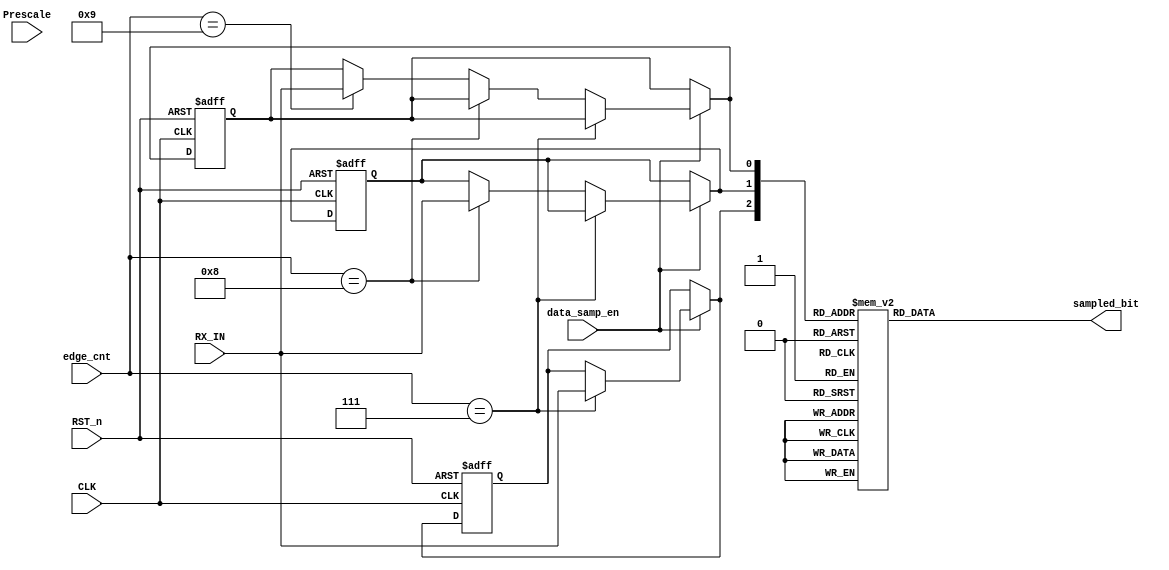
module data_sampling  #(parameter PRESCALE = 6'd16)(
input CLK                                       ,
input RST_n                                     ,
input RX_IN                                     ,
input [5:0] Prescale                            ,
input data_samp_en                              ,
input [$clog2(PRESCALE) - 1 : 0]  edge_cnt      ,

output reg    sampled_bit 
);


reg out_next_1 ;
reg out_next_2 ;
reg out_next_3 ;


wire [$clog2(PRESCALE) - 1 : 0] first_sample_point ; 
wire [$clog2(PRESCALE) - 1 : 0] middle_sample_point;
wire [$clog2(PRESCALE) - 1 : 0] third_sample_point ;


assign middle_sample_point =  (PRESCALE >> 1)         ;
assign first_sample_point  =  middle_sample_point - 1 ;
assign third_sample_point  =  middle_sample_point + 1 ;

reg first_value ;
reg second_value ;
reg third_value ;



always @(*) begin

case({first_value,second_value,third_value})

3'b000: sampled_bit = 0;
3'b001: sampled_bit = 0;
3'b010: sampled_bit = 0;
3'b100: sampled_bit = 0;
3'b011: sampled_bit = 1;
3'b110: sampled_bit = 1;
3'b101: sampled_bit = 1;
3'b111: sampled_bit = 1;

default : sampled_bit = 1'b0;

endcase
end




always @(*)
begin

first_value  = out_next_1 ; 
second_value = out_next_2 ;
third_value  = out_next_3 ;

    if(data_samp_en) begin
     
     case (edge_cnt)
          
          first_sample_point: first_value    = RX_IN;

          middle_sample_point: second_value  = RX_IN;

          third_sample_point: third_value   = RX_IN;

     endcase
       
    end
   
  
  else begin
      
      first_value  = out_next_1 ; 
      second_value = out_next_2 ;
      third_value  = out_next_3 ;


  end

    // begin
    //     if(edge_cnt == first_sample_point)         first_value   <= RX_IN;
    //     else if (edge_cnt == middle_sample_point)  second_value  <= RX_IN;
    //     else if (edge_cnt == third_sample_point)   third_value   <= RX_IN;                     
    // end                                            
    
end



always @(posedge CLK or negedge RST_n)

begin

    if(!RST_n) begin

        out_next_1 = 0 ;
        out_next_2 = 0 ;
        out_next_3 = 0 ;
    end



    else begin

        out_next_1 = first_value  ;
        out_next_2 = second_value ;
        out_next_3 = third_value  ; 

    end
end











endmodule





///////////////////////////////////////////////////////////////////////////
///////////////////////////// TESTBENCH ///////////////////////////////////
///////////////////////////////////////////////////////////////////////////


// module data_sampling_tb();


// parameter PRESCALE = 'd16;
// parameter PERIOD_CLK = 5;


// reg RX_IN         ;
// reg [4:0] Prescale ;
// reg data_samp_en  ;
// reg [$clog2(PRESCALE) - 1 : 0]  edge_cnt      ;

// wire  sampled_bit ;


// integer i;
// integer j;



// data_sampling dut (.RX_IN(RX_IN) ,.Prescale(Prescale) ,.data_samp_en(data_samp_en) , .edge_cnt(edge_cnt) ,.sampled_bit(sampled_bit) );


// initial begin

// RX_IN = 1;
// data_samp_en = 0;
// edge_cnt = 0;

// #(2 * PERIOD_CLK);

// Prescale = 'd16;
// RX_IN = 1;

// #(PERIOD_CLK);
// data_samp_en = 1;

// for(i = 0 ; i < 6 ; i = i + 1) begin
// edge_cnt = edge_cnt + 1;
// #(PERIOD_CLK);
// end

// RX_IN = 0;
// data_samp_en = 1;


// for(i = 0 ; i < 15 ; i = i + 1) begin
// edge_cnt = edge_cnt + 1;
// #(PERIOD_CLK);
// end

// #(200 * PERIOD_CLK);


// $stop;
// end


// endmodule